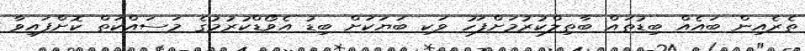
ތެރެއިން ބައެއް ބިޑުތައް ބާތިލްކުރުމަށްފަހު ވަކި ބަޔަކަށް ބިޑު އެވޯޑްކުރުމުގެ މަސައްކަތް ކޮށްފައިވާ